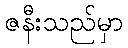
ဇနီးသည်မှာ